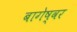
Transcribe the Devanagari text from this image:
बागेष्वर